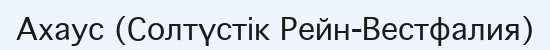
Ахаус (Солтүстік Рейн-Вестфалия)